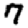
Digit: 7